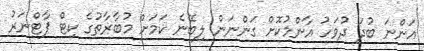
އަންނަ ބުދަ ދުވަހު އާންމުކޮށް ގަންނަން ލިބޭނެ ކަމަށް މުބާރާތުގެ ކިޓް ޕާޓްނަރު